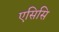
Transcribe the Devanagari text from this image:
एसिसि